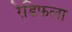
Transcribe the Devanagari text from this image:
रेडिफला